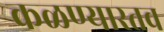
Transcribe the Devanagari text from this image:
कळण्यास्तव